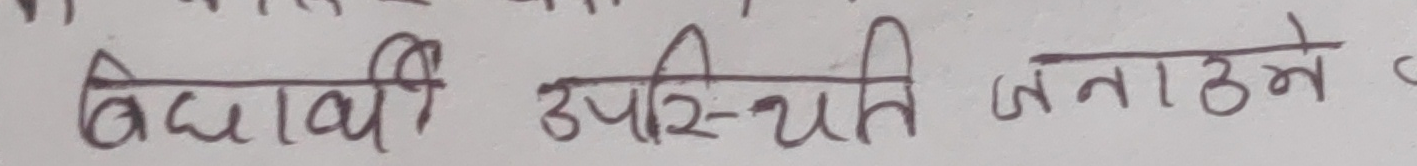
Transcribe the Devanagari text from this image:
विद्यार्थी उपस्थिति जनाउने